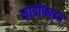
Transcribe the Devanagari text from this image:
कोडीफाइड